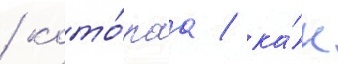
/ кото́раа / ка́к